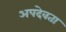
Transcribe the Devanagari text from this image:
अपदेवता